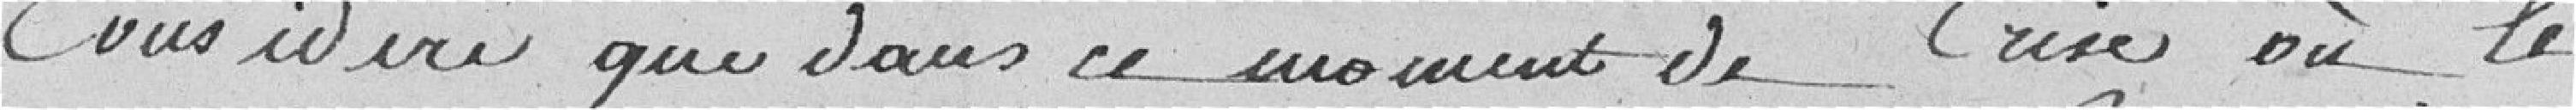
considéré que dans ce moment de crise où le